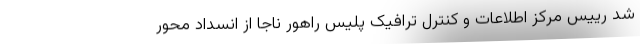
شد رییس مرکز اطلاعات و کنترل ترافیک پلیس راهور ناجا از انسداد محور